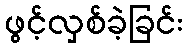
ဖွင့်လှစ်ခဲ့ခြင်း